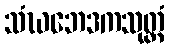
သံဃဘေဒကသုတ္တံ